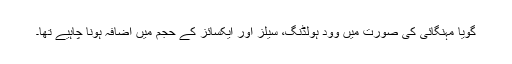
گویا مہنگائی کی صورت میں وود ہولڈنگ، سیلز اور ایکسائز کے حجم میں اضافہ ہونا چاہیے تھا۔